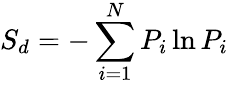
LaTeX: S_{d}=-\sum_{i=1}^{N}P_{i}\ln{P_{i}}